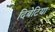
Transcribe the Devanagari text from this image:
दिबेटिया